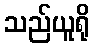
သည်ယူရို